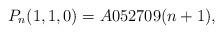
LaTeX: \begin{gather*}P_n(1,1,0)= A052709(n+1),\end{gather*}